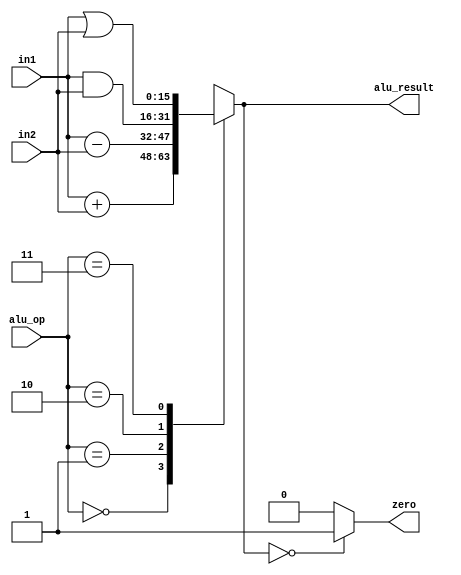
`timescale 1ns / 1ps
//////////////////////////////////////////////////////////////////////////////////
// Company: 
// Engineer: 
// 
// Design Name: 
// Module Name: ALU
// Project Name: 
// Target Devices: 
// Tool Versions: 
// Description: 
// 
// Dependencies: 
// 
// Revision:
// Revision 0.01 - File Created
// Additional Comments:
// 
//////////////////////////////////////////////////////////////////////////////////
module ALU(
    input [15:0] in1,in2,
    input [1:0] alu_op,
    output reg [15:0] alu_result,
    output reg zero
    );
    wire [16:0] temp;

    //ALU Opcodes
    localparam ADD = 2'b00;                                                                                                                                                                                                                                                                                                                                                                                                                                         
    localparam SUB = 2'b01;
    localparam AND = 2'b10;
    localparam OR = 2'b11;
always @ (*) 
    begin
        case(alu_op)
            ADD: alu_result = in1 + in2;   //ADD
            SUB: alu_result = in1 - in2;   //SUB
            AND: alu_result = in1 & in2;   //AND
             OR: alu_result = in1 | in2;   //OR
             default: alu_result = in1 + in2; //default
        endcase
        if(alu_result == 0)
            zero = 1'b1;
        else
            zero = 1'b0;    
    end
endmodule